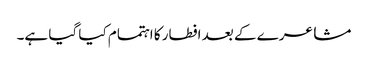
مشاعرے کے بعد افطار کا اہتمام کیا گیا ہے۔